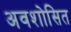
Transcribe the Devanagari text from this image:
अवशोसित